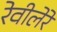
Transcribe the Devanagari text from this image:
रेवीलेरे